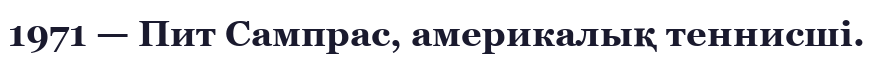
1971 — Пит Сампрас, америкалық теннисші.